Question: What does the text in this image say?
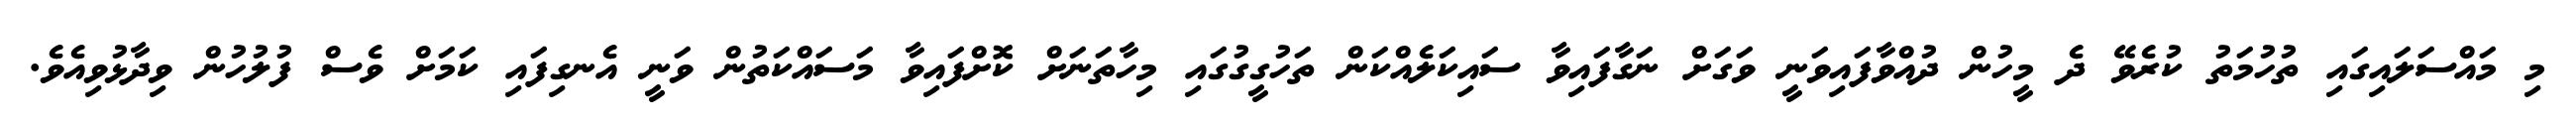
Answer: މި މައްސަލައިގައި ތުހުމަތު ކުރެވޭ ދެ މީހުން ދުއްވާފައިވަނީ ވަގަށް ނަގާފައިވާ ސައިކަލެއްކަން ތަހުގީގުގައި މިހާތަނަށް ކޮށްފައިވާ މަސައްކަތުން ވަނީ އެނގިފައި ކަމަށް ވެސް ފުލުހުން ވިދާޅުވިއެވެ.